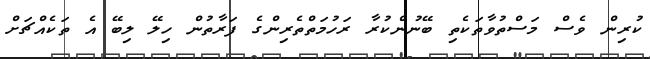
ކުރިން ވެސް މަސްތުވާތަކެތި ބޭނުންކުރާ ރަހުމަތްތެރިންގެ ފަރާތުން ހިލޭ ލިބޭ އެ ތަކެއްޗަށް